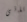
تاتى